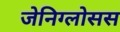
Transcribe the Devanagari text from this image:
जेनिग्लोसस